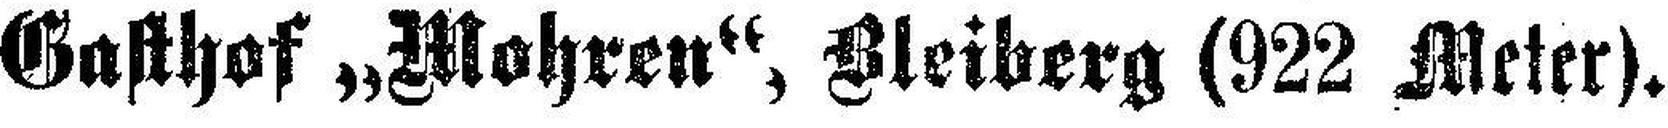
Gasthof „Mohren“, Bleiberg (922 Meter).